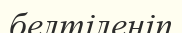
белтіленіп